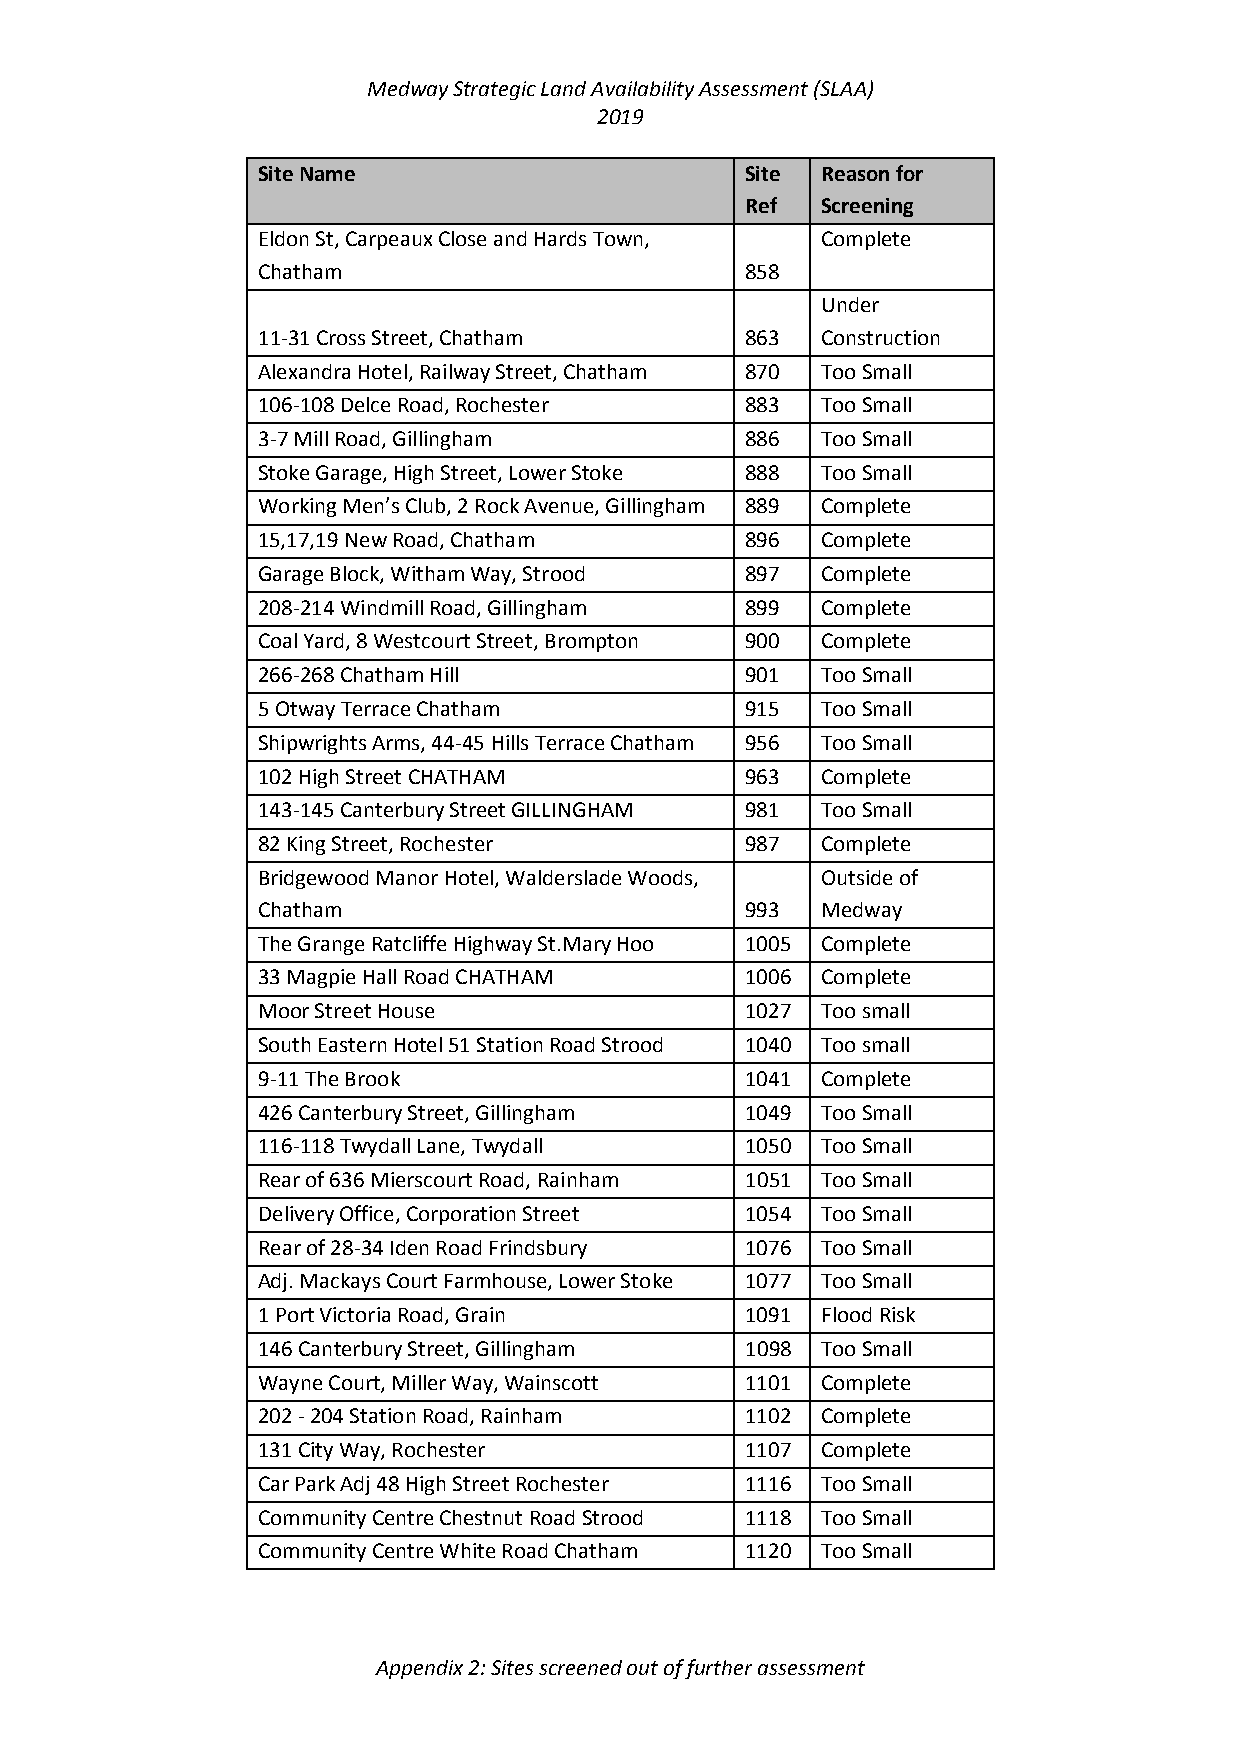
Medway Strategic Land Availability Assessment (SLAA)
 2019
 Site Name                       Site Reason for
 Ref  Screening
 Eldon St, Carpeaux Close and Hards Town, Complete
 Chatham                         858
 Under
 11-31 Cross Street, Chatham     863  Construction
 Alexandra Hotel, Railway Street, Chatham 870 Too Small
 106-108 Delce Road, Rochester   883  Too Small
 3-7 Mill Road, Gillingham       886  Too Small
 Stoke Garage, High Street, Lower Stoke 888 Too Small
 Working Men’s Club, 2 Rock Avenue, Gillingham 889 Complete
 15,17,19 New Road, Chatham      896  Complete
 Garage Block, Witham Way, Strood 897 Complete
 208-214 Windmill Road, Gillingham 899 Complete
 Coal Yard, 8 Westcourt Street, Brompton 900 Complete
 266-268 Chatham Hill            901  Too Small
 5 Otway Terrace Chatham         915  Too Small
 Shipwrights Arms, 44-45 Hills Terrace Chatham 956 Too Small
 102 High Street CHATHAM         963  Complete
 143-145 Canterbury Street GILLINGHAM 981 Too Small
 82 King Street, Rochester       987  Complete
 Bridgewood Manor Hotel, Walderslade Woods, Outside of
 Chatham                         993  Medway
 The Grange Ratcliffe Highway St.Mary Hoo 1005 Complete
 33 Magpie Hall Road CHATHAM     1006 Complete
 Moor Street House               1027 Too small
 South Eastern Hotel 51 Station Road Strood 1040 Too small
 9-11 The Brook                  1041 Complete
 426 Canterbury Street, Gillingham 1049 Too Small
 116-118 Twydall Lane, Twydall   1050 Too Small
 Rear of 636 Mierscourt Road, Rainham 1051 Too Small
 Delivery Office, Corporation Street 1054 Too Small
 Rear of 28-34 Iden Road Frindsbury 1076 Too Small
 Adj. Mackays Court Farmhouse, Lower Stoke 1077 Too Small
 1 Port Victoria Road, Grain     1091 Flood Risk
 146 Canterbury Street, Gillingham 1098 Too Small
 Wayne Court, Miller Way, Wainscott 1101 Complete
 202 - 204 Station Road, Rainham 1102 Complete
 131 City Way, Rochester         1107 Complete
 Car Park Adj 48 High Street Rochester 1116 Too Small
 Community Centre Chestnut Road Strood 1118 Too Small
 Community Centre White Road Chatham 1120 Too Small
 Appendix 2: Sites screened out of further assessment